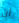
أن